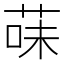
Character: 菋